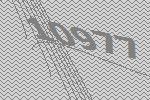
10977